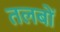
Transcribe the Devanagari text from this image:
तलबों